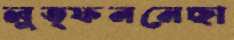
লুত্ফননেছা